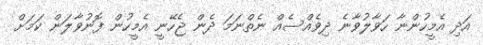
އަދި އެމީހުންނާ ހަވާލުވާނެ ދިވެއްސެއް ނެތްނަމަ ދެން ޖެހޭނީ އެމީހުން ފޮނުވާލަން ކަމަށް